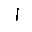
Letter: _alif